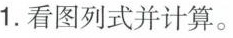
1.看图列式并计算。